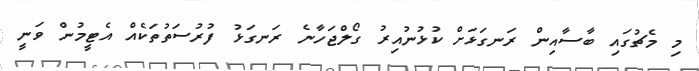
މި މެޗުގައި ބާސާއިން ރަނގަޅަށް ކުޅުނުއިރު ގޯލްޖަހާނެ ރަނގަޅު ފުރުސަތުތަކެއް އެޓީމުން ވަނީ